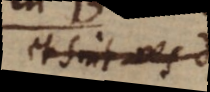
et sint res d